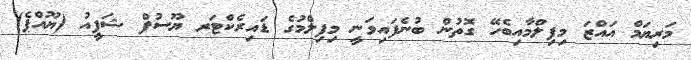
މަރިޔަމް އައްޒަ މިފިލްމާއިބެހޭ ގޮތުން ބުނެފައިވަނީ މިފިލްމުގެ ޑައިރެކްޓަރ ޔޫސުފް ޝަފީއު (ޔޫއްޕެ)